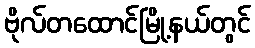
ဗိုလ်တထောင်မြို့နယ်တွင်